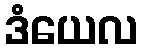
ဒံယေလ